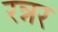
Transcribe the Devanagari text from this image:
रन्नर